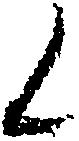
く